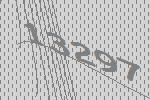
13297